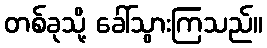
တစ်ခုသို့ ခေါ်သွားကြသည်။